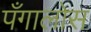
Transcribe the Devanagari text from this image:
पँगालोस